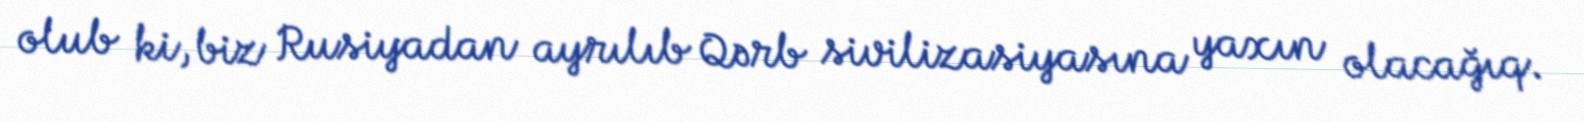
olub ki, biz Rusiyadan ayrılıb Qərb sivilizasiyasına yaxın olacağıq.